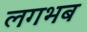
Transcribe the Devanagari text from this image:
लगभब